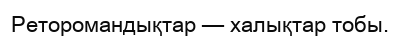
Реторомандықтар — халықтар тобы.